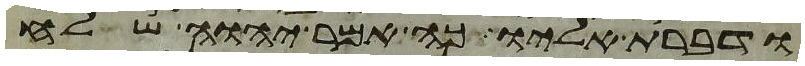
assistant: ודברת אליו כה אמר יהוה שלח